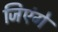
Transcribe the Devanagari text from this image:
जिएंगे